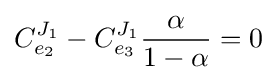
C_{e_{2}}^{J_{1}}-C_{e_{3}}^{J_{1}}{\frac {\alpha }{1-\alpha }}=0